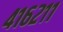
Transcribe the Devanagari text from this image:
४१६२११